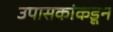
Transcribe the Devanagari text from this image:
उपासकांकडून